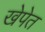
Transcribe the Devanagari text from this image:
खेपेत